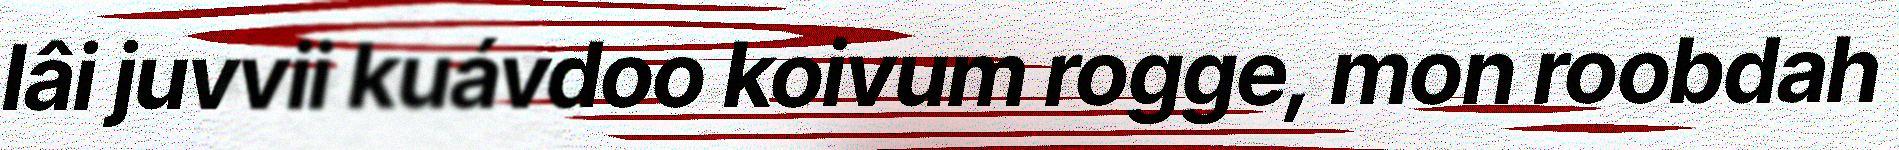
lâi juvvii kuávdoo koivum rogge, mon roobdah